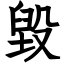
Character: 毀